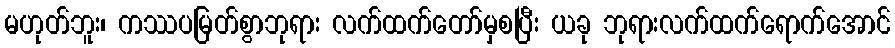
မဟုတ်ဘူး၊ ကဿပမြတ်စွာဘုရား လက်ထက်တော်မှစပြီး ယခု ဘုရားလက်ထက်ရောက်အောင်